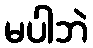
မပါဘဲ